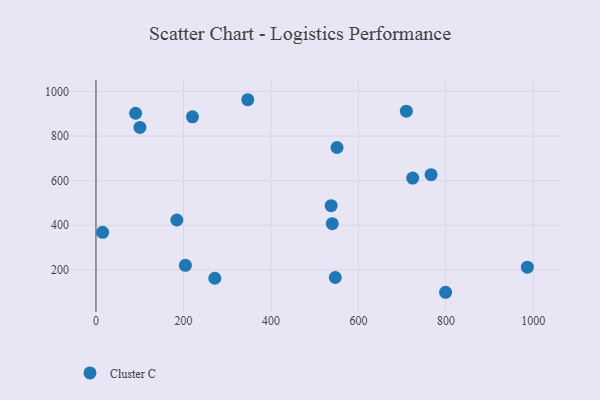
{"axis": {"x": "Distance", "y": "Salary"}, "legend": ["Cluster C"], "data": [{"x": "15.2", "y": 368.0, "type": "Cluster C"}, {"x": "724.1", "y": 611.5, "type": "Cluster C"}, {"x": "537.7", "y": 487.9, "type": "Cluster C"}, {"x": "347.1", "y": 962.9, "type": "Cluster C"}, {"x": "986.3", "y": 211.9, "type": "Cluster C"}, {"x": "709.6", "y": 911.4, "type": "Cluster C"}, {"x": "540.2", "y": 407.0, "type": "Cluster C"}, {"x": "766.1", "y": 626.6, "type": "Cluster C"}, {"x": "551.1", "y": 748.7, "type": "Cluster C"}, {"x": "204.4", "y": 220.2, "type": "Cluster C"}, {"x": "547.1", "y": 165.6, "type": "Cluster C"}, {"x": "220.6", "y": 886.3, "type": "Cluster C"}, {"x": "100.5", "y": 838.6, "type": "Cluster C"}, {"x": "184.8", "y": 423.5, "type": "Cluster C"}, {"x": "271.7", "y": 162.2, "type": "Cluster C"}, {"x": "90.6", "y": 902.3, "type": "Cluster C"}, {"x": "799.3", "y": 99.3, "type": "Cluster C"}]}